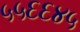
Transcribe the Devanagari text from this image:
५५६६४५